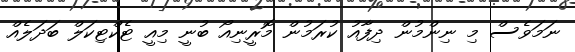
ނަމަވެސް މި ނިންމުން ދިފާއު ކުރަމުން މޮރީނިއޯ ބުނީ މިއީ ޓެކްޓިކަލް ބަދަލެއް